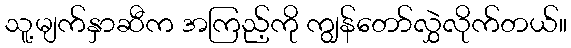
သူ့မျက်နှာဆီက အကြည့်ကို ကျွန်တော်လွှဲလိုက်တယ်။